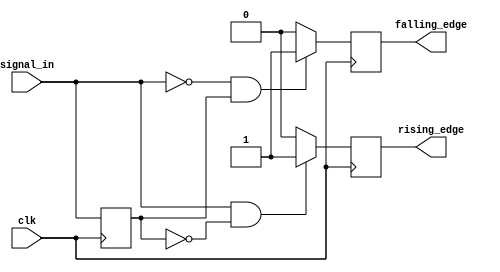
module dual_edge_detector (
    input wire clk,          // Clock signal
    input wire signal_in,    // Input signal
    output reg rising_edge,  // Output signal for rising edge detection
    output reg falling_edge  // Output signal for falling edge detection
);

    reg signal_in_prev; // Register to hold the previous state of signal_in

    // Always block triggered on the rising edge of the clock
    always @(posedge clk) begin
        // Check for rising edge
        if (signal_in == 1'b1 && signal_in_prev == 1'b0) begin
            rising_edge <= 1'b1; // Set rising_edge high
        end else begin
            rising_edge <= 1'b0; // Reset rising_edge
        end

        // Check for falling edge
        if (signal_in == 1'b0 && signal_in_prev == 1'b1) begin
            falling_edge <= 1'b1; // Set falling_edge high
        end else begin
            falling_edge <= 1'b0; // Reset falling_edge
        end

        // Update previous state
        signal_in_prev <= signal_in; // Store the current state for the next clock cycle
    end

endmodule